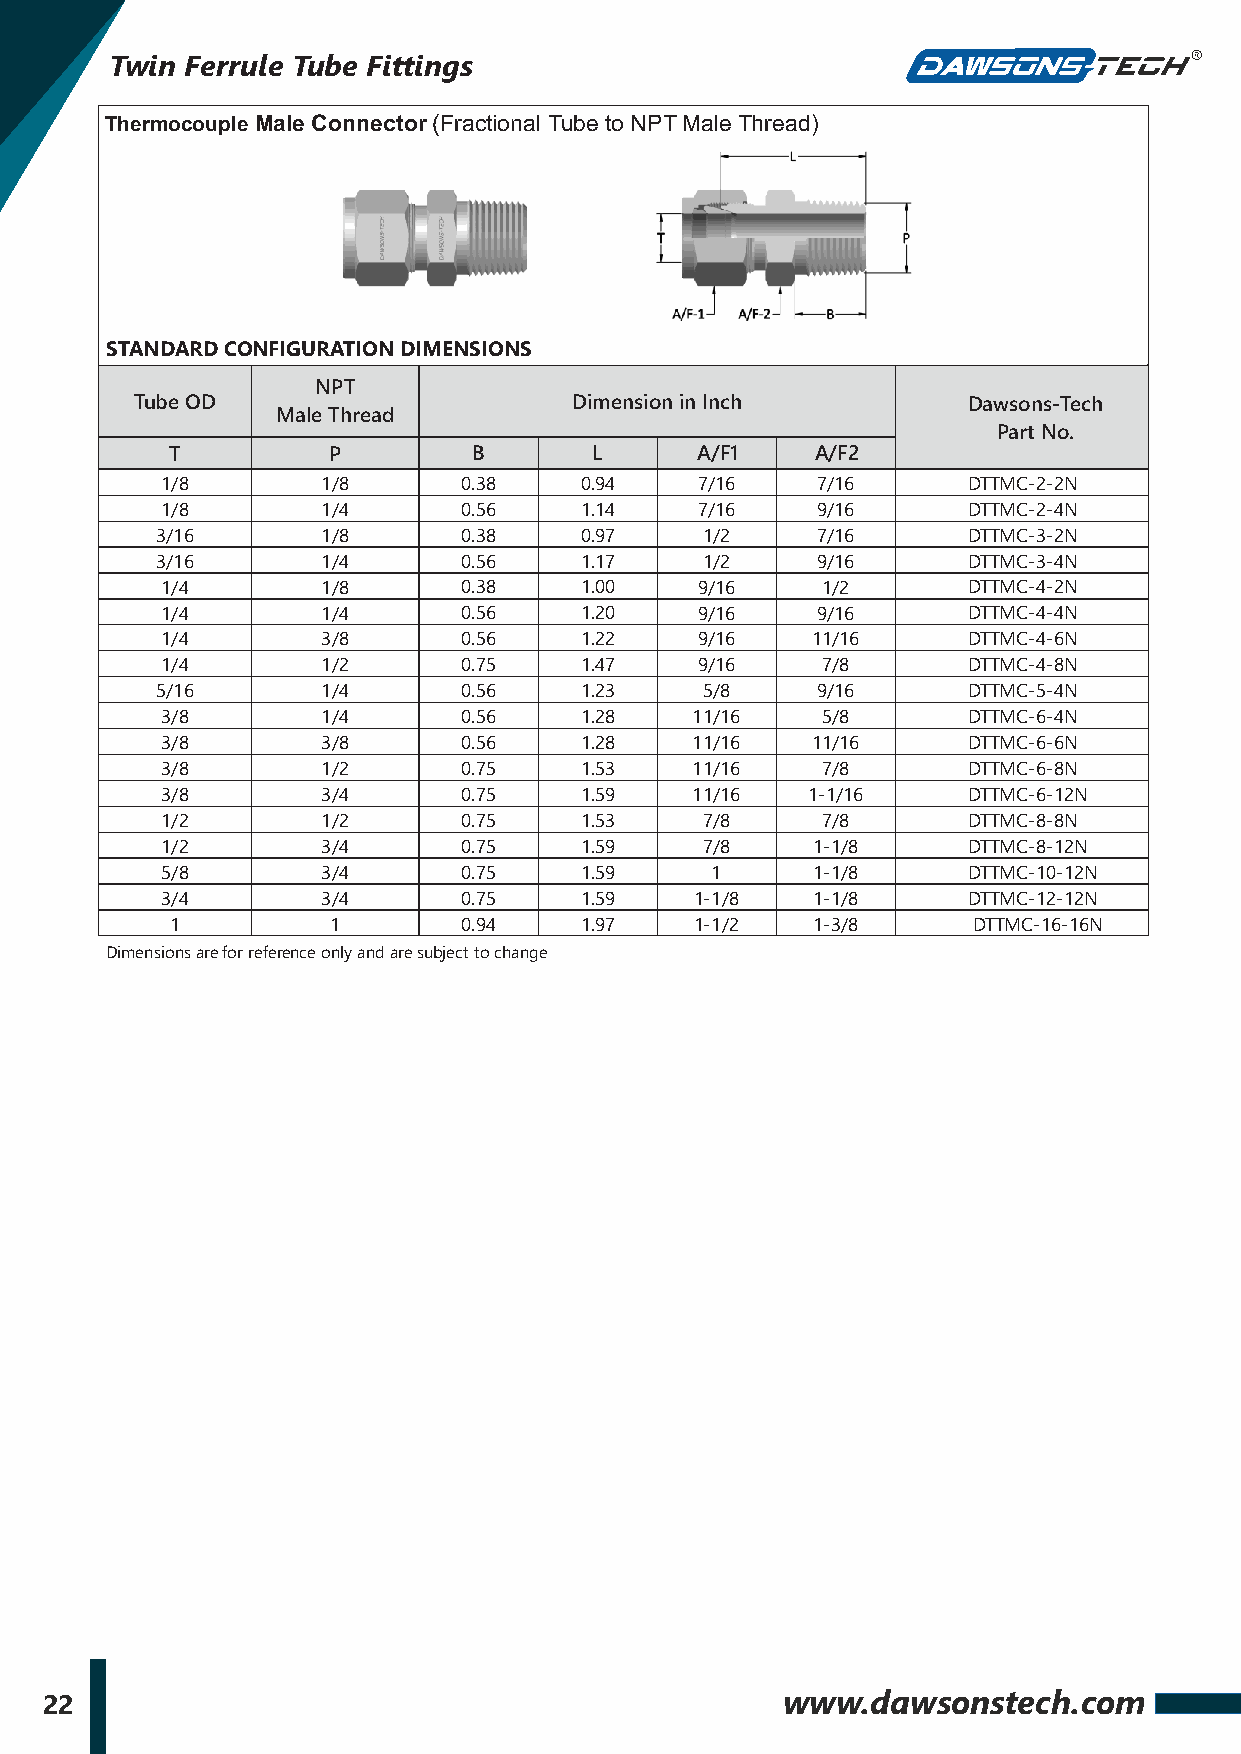
Twin Ferrule Tube Fittings
 Thermocouple Male Connector (Fractional Tube to NPT Male Thread)
 STANDARD CONFIGURATION DIMENSIONS
 NPT
 Tube OD                      Dimension in Inch         Dawsons-Tech
 Male Thread
 Part No.
 T          P        B       L      A/F1    A/F2
 1/8       1/8       0.38   0.94    7/16    7/16      DTTMC-2-2N
 1/8       1/4       0.56   1.14    7/16    9/16      DTTMC-2-4N
 3/16       1/8       0.38   0.97    1/2     7/16      DTTMC-3-2N
 3/16       1/4       0.56   1.17    1/2     9/16      DTTMC-3-4N
 1/4       1/8       0.38   1.00    9/16    1/2       DTTMC-4-2N
 1/4       1/4       0.56   1.20    9/16    9/16      DTTMC-4-4N
 1/4       3/8       0.56   1.22    9/16    11/16     DTTMC-4-6N
 1/4       1/2       0.75   1.47    9/16    7/8       DTTMC-4-8N
 5/16       1/4       0.56   1.23    5/8     9/16      DTTMC-5-4N
 3/8       1/4       0.56   1.28    11/16   5/8       DTTMC-6-4N
 3/8       3/8       0.56   1.28    11/16   11/16     DTTMC-6-6N
 3/8       1/2       0.75   1.53    11/16   7/8       DTTMC-6-8N
 3/8       3/4       0.75   1.59    11/16  1-1/16     DTTMC-6-12N
 1/2       1/2       0.75   1.53    7/8     7/8       DTTMC-8-8N
 1/2       3/4       0.75   1.59    7/8     1-1/8     DTTMC-8-12N
 5/8       3/4       0.75   1.59     1      1-1/8     DTTMC-10-12N
 3/4       3/4       0.75   1.59    1-1/8   1-1/8     DTTMC-12-12N
 1          1        0.94   1.97    1-1/2   1-3/8     DTTMC-16-16N
 Dimensions are for reference only and are subject to change
 22                                               www.dawsonstech.com